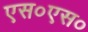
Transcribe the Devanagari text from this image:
एस०एस०